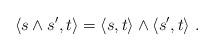
LaTeX: \begin{align*}{\langle s\wedge s',t \rangle}={\langle s,t \rangle}\wedge {\langle s',t \rangle}\;.\end{align*}